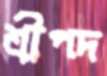
শ্রীপদ